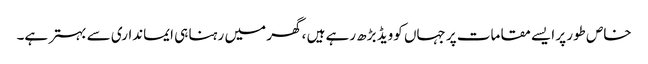
خاص طور پر ایسے مقامات پر جہاں کوویڈ بڑھ رہے ہیں ، گھر میں رہنا ہی ایمانداری سے بہتر ہے۔